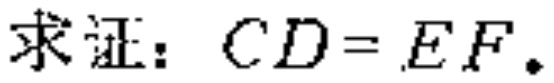
求证：\(CD = EF\)。